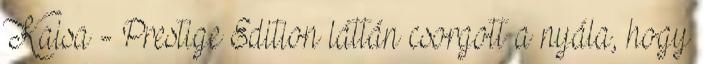
Kaisa - Prestige Edition láttán csorgott a nyála, hogy